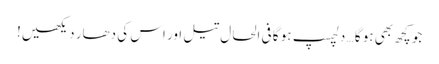
جو کچھ بھی ہو گا … دلچسپ ہو گا فی الحال تیل اور اس کی دھار دیکھیں!